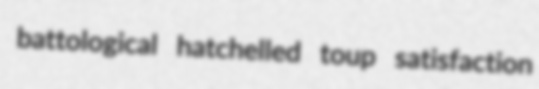
battological hatchelled toup satisfaction